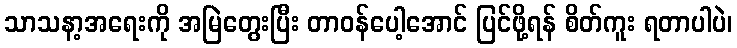
သာသနာ့အရေးကို အမြဲတွေးပြီး တာဝန်ပေါ့အောင် ပြင်ဖို့ရန် စိတ်ကူး ရတာပါပဲ၊